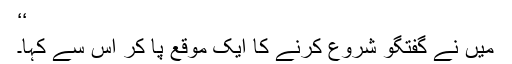
‘‘
میں نے گفتگو شروع کرنے کا ایک موقع پا کر اس سے کہا۔